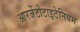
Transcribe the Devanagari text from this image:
आरजेंटोटाइटेनियम